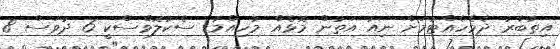
އިތުބާރު ދެމެހެއްޓުމަށް ނިއު އަތުން މޮޅެއް މުހިއްމު: ސެކުލޮވްސްކީ 6 ދުވަސް 8